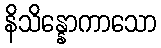
နိသိန္နောကာသော